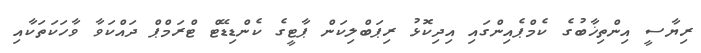
ރިޔާސީ އިންތިޚާބުގެ ކެމްޕެއިންގައި އިދިކޮޅު ރިޕަބްލިކަން ޕާޓީގެ ކެންޑިޑޭޓް ޓްރަމްޕް ދައްކަވާ ވާހަކަތަކާއި